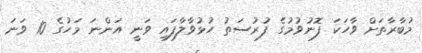
މުބާރާތަށް ވާހަކަ ފޮނުވުމުގެ ފުރުސަތު ހުޅުވާލާފައި ވަނީ އަންނަ މަހުގެ 10 ވަނަ